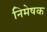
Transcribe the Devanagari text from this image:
निमेषक